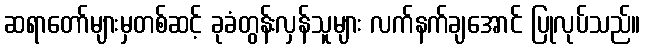
ဆရာတော်များမှတစ်ဆင့် ခုခံတွန်းလှန်သူများ လက်နက်ချအောင် ပြုလုပ်သည်။